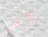
بالأحمر